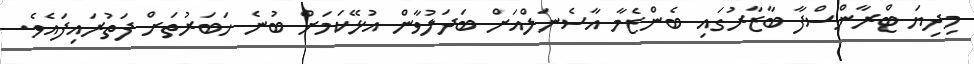
މިދިޔަ ޓްރާންސްފާ ބާޒާރުގައި ބެންޒެމާ އާސެނަލްއަށް ބަދަލުވާން އުޅޭކަމަށް ބުނެ ޚަބަރުތަށް ފަތުރައިފައެވެ.